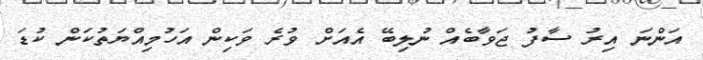
އަންނަ އިރު ސާފު ޖަވާބެއް ނުލިބޭ އެއަށް ވުރެ ވަކިން އަހުމިއްޔަތުކަން ކުޑަ